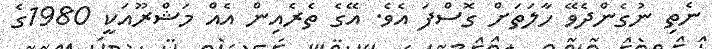
ނެތި ނުގެންދެވޭ ހާލަތަށް ގޮސްފަ އެވެ. އޭގެ ތެރެއިން އެއް މަޝްރޫއަކީ 1980ގެ